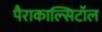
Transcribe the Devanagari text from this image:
पैराकाल्सिटॉल